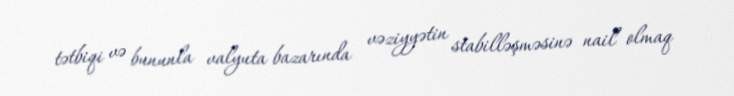
tətbiqi və bununla valyuta bazarında vəziyyətin stabilləşməsinə nail olmaq